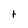
Character: t